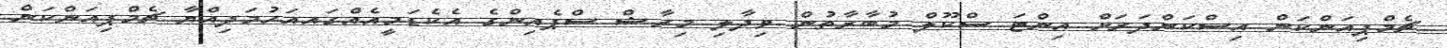
ޗެމްޕިއަންކަން އިސްކަންދަރަށް އިންޓަ ސްކޫލް މުބާރާތުން ވިދާލި މިރާޝް ސްޕެއިންގެ އެކެޑަމީއެއްގައއަހުމަދިއްޔާ ޗެމްޕިއަންކަން